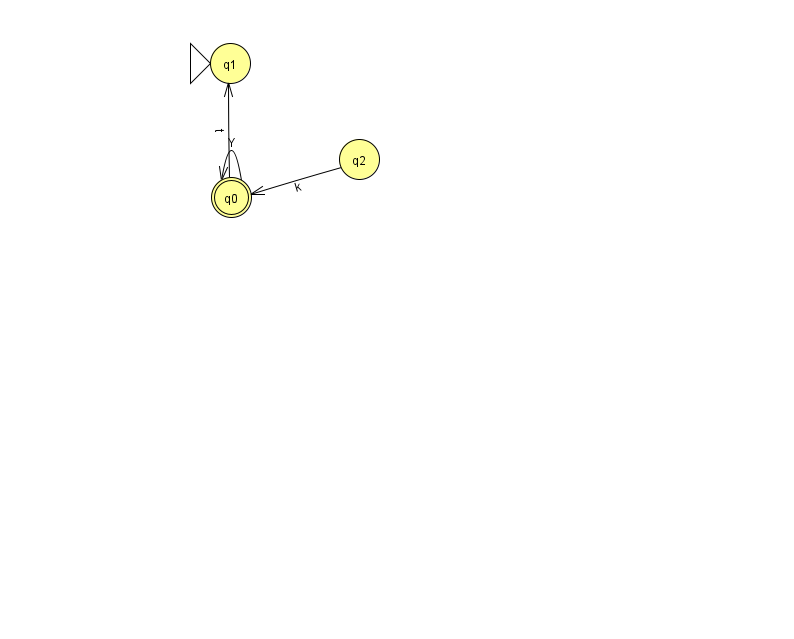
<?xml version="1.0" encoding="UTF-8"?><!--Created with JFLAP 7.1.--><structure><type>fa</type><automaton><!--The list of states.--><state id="0" name="q0"><x>231.0</x><y>184.0</y><final/></state><state id="1" name="q1"><x>230.0</x><y>50.0</y><initial/></state><state id="2" name="q2"><x>359.0</x><y>146.0</y></state><!--The list of transitions.--><transition><from>0</from><to>1</to><read>t</read></transition><transition><from>0</from><to>0</to><read>Y</read></transition><transition><from>2</from><to>0</to><read>k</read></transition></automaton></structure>